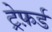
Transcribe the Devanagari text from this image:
ट्रेफ़र्ड